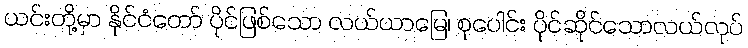
ယင်းတို့မှာ နိုင်ငံတော် ပိုင်ဖြစ်သော လယ်ယာမြေ၊ စုပေါင်း ပိုင်ဆိုင်သောလယ်လုပ်